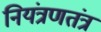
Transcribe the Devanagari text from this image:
नियंत्रणतंत्र